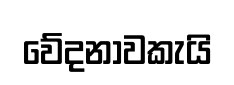
වේදනාවකැයි